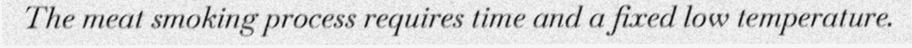
The meat smoking process requires time and a fixed low temperature.